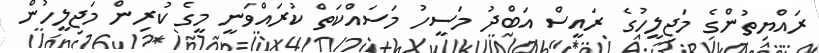
ރައްޔިތުންގެ މަޖިލީހުގެ ރައީސް އަބްދު މަސީހު މަސައްކަތް ކުރައްވަނީ މީގެ ކުރިން މަޖިލީހުން